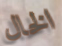
الخال